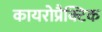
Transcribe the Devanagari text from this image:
कायरोप्रैक्टिक